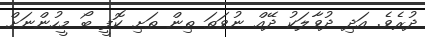
ދުރެވެ. އަދި ދުވާލަކު ދޭއް ނުވަތަ ތިން ތަށި ކޮފީ ބޯ މީހުންނަށް